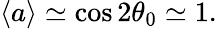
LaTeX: \langle a\rangle\simeq\cos 2\theta_{0}\simeq 1.